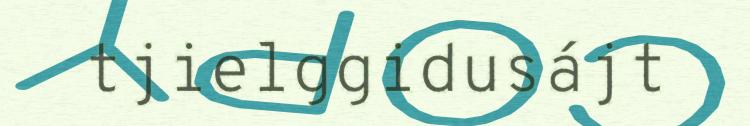
tjielggidusájt